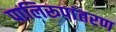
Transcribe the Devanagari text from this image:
पालिरूपांतरण